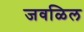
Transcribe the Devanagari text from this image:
जवळिल